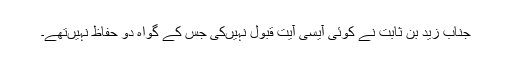
جناب زید بن ثابت نے کوئی آیسی آیت قبول نہیں‌کی جس کے گواہ دو حفاظ نہیں‌تھے۔